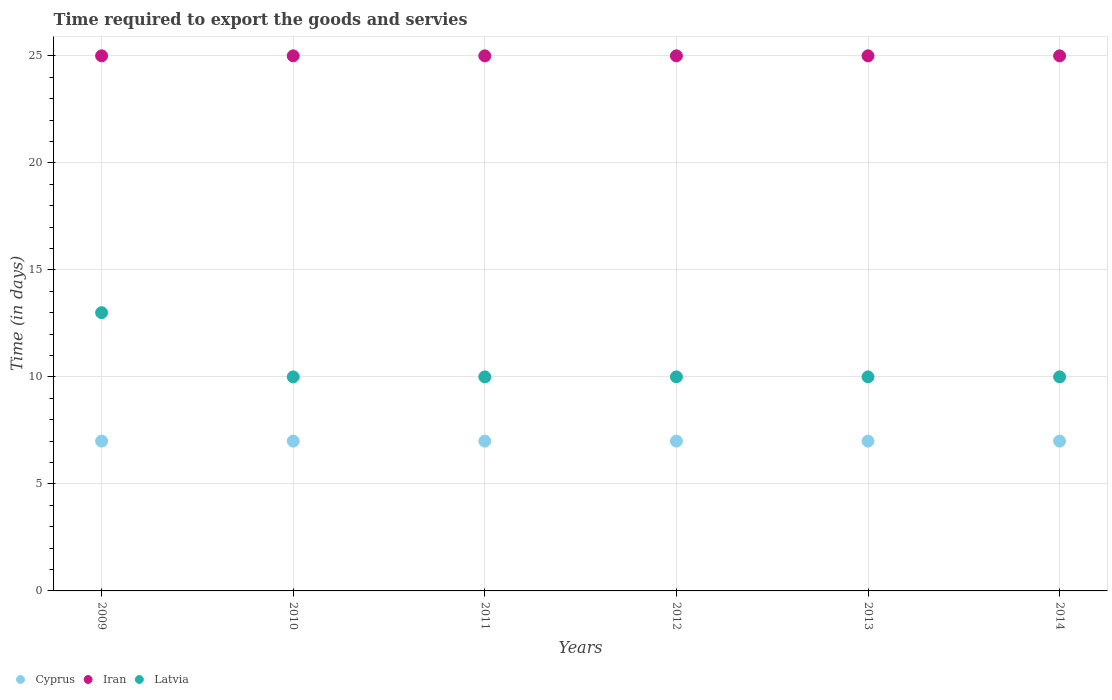
| Years | Cyprus | Iran | Latvia |
 | --- | --- | --- | --- |
 | 2009 | 7 | 25 | 13 |
 | 2010 | 7 | 25 | 10 |
 | 2011 | 7 | 25 | 10 |
 | 2012 | 7 | 25 | 10 |
 | 2013 | 7 | 25 | 10 |
 | 2014 | 7 | 25 | 10 |